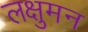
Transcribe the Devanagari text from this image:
लक्षुमन